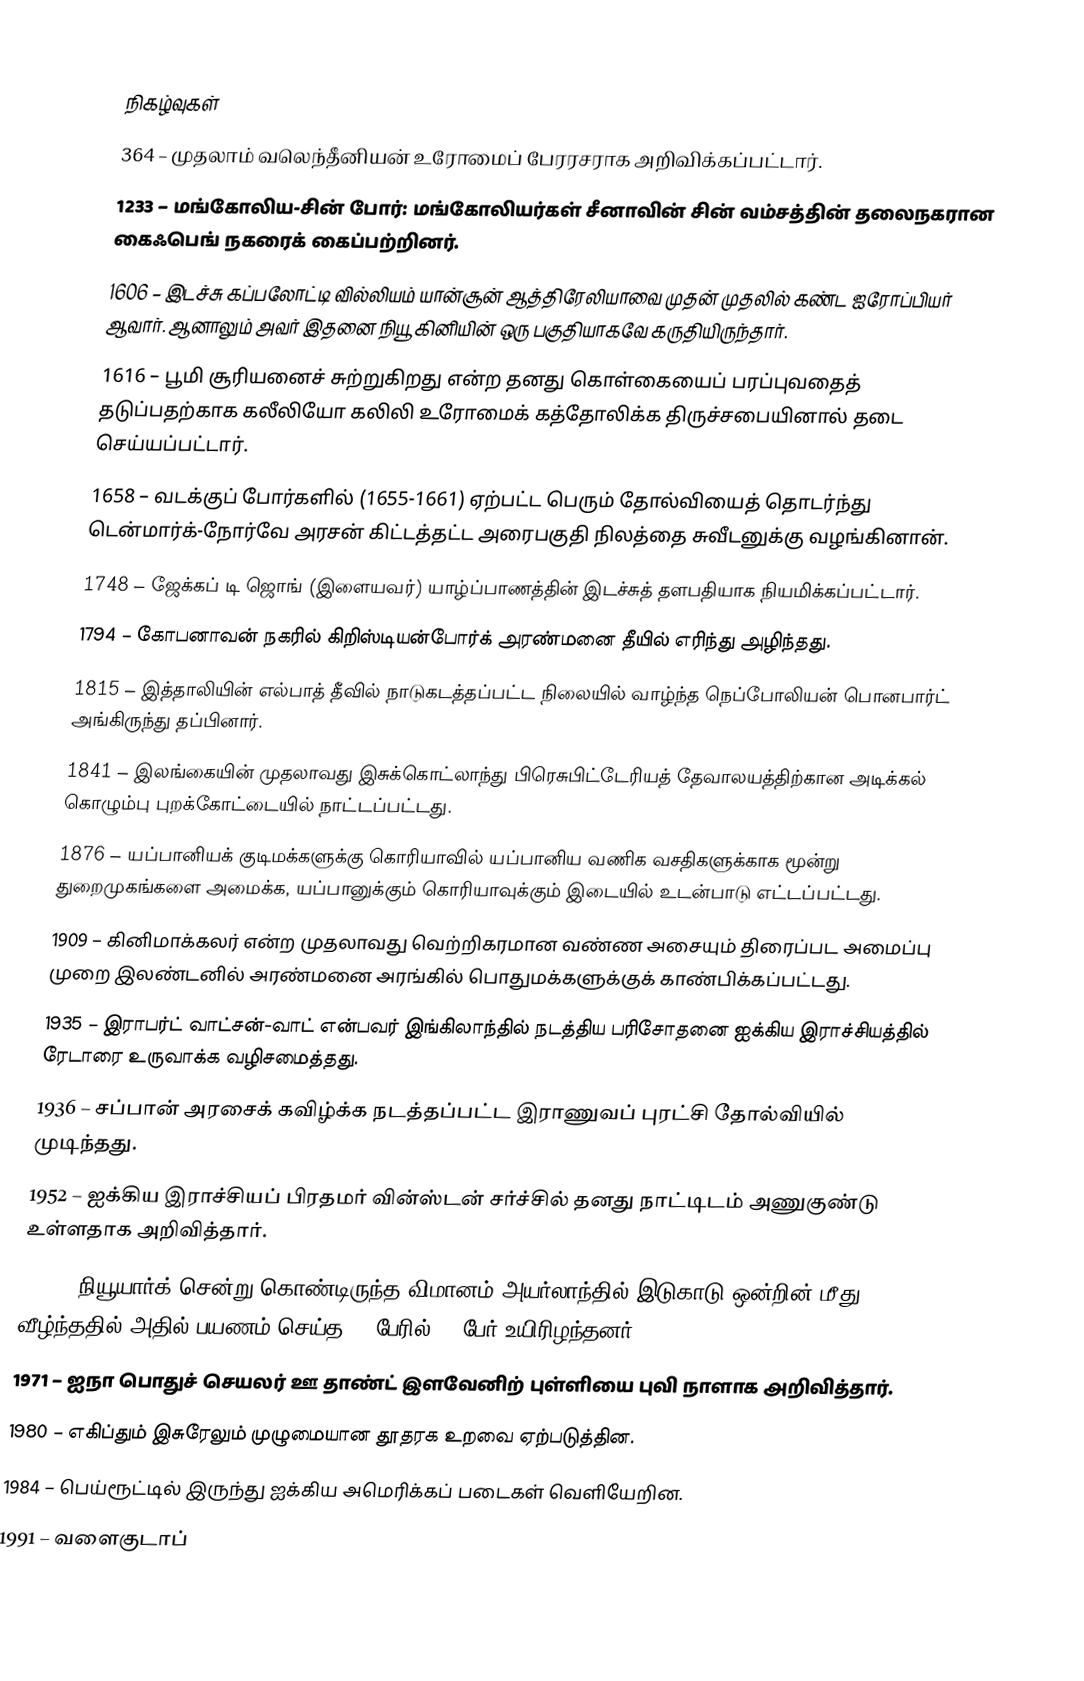

நிகழ்வுகள்
 364 – முதலாம் வலெந்தீனியன் உரோமைப் பேரரசராக அறிவிக்கப்பட்டார்.
1233 – மங்கோலிய-சின் போர்: மங்கோலியர்கள் சீனாவின் சின் வம்சத்தின் தலைநகரான கைஃபெங் நகரைக் கைப்பற்றினர்.
1606 – இடச்சு கப்பலோட்டி வில்லியம் யான்சூன் ஆத்திரேலியாவை முதன் முதலில் கண்ட ஐரோப்பியர் ஆவார். ஆனாலும் அவர் இதனை நியூ கினியின் ஒரு பகுதியாகவே கருதியிருந்தார்.
1616 – பூமி சூரியனைச் சுற்றுகிறது என்ற தனது கொள்கையைப் பரப்புவதைத் தடுப்பதற்காக கலீலியோ கலிலி உரோமைக் கத்தோலிக்க திருச்சபையினால் தடை செய்யப்பட்டார்.
1658 – வடக்குப் போர்களில் (1655-1661) ஏற்பட்ட பெரும் தோல்வியைத் தொடர்ந்து டென்மார்க்-நோர்வே அரசன் கிட்டத்தட்ட அரைபகுதி நிலத்தை சுவீடனுக்கு வழங்கினான்.
1748 – ஜேக்கப் டி ஜொங் (இளையவர்) யாழ்ப்பாணத்தின் இடச்சுத் தளபதியாக நியமிக்கப்பட்டார்.
1794 – கோபனாவன் நகரில் கிறிஸ்டியன்போர்க் அரண்மனை தீயில் எரிந்து அழிந்தது.
1815 – இத்தாலியின் எல்பாத் தீவில் நாடுகடத்தப்பட்ட நிலையில் வாழ்ந்த நெப்போலியன் பொனபார்ட் அங்கிருந்து தப்பினார்.
1841 – இலங்கையின் முதலாவது இசுக்கொட்லாந்து பிரெசுபிட்டேரியத் தேவாலயத்திற்கான அடிக்கல் கொழும்பு புறக்கோட்டையில் நாட்டப்பட்டது.
1876 – யப்பானியக் குடிமக்களுக்கு கொரியாவில் யப்பானிய வணிக வசதிகளுக்காக மூன்று துறைமுகங்களை அமைக்க, யப்பானுக்கும் கொரியாவுக்கும் இடையில் உடன்பாடு எட்டப்பட்டது.
1909 – கினிமாக்கலர் என்ற முதலாவது வெற்றிகரமான வண்ண அசையும் திரைப்பட அமைப்பு முறை இலண்டனில் அரண்மனை அரங்கில் பொதுமக்களுக்குக் காண்பிக்கப்பட்டது.
1935 – இராபர்ட் வாட்சன்-வாட் என்பவர் இங்கிலாந்தில் நடத்திய பரிசோதனை ஐக்கிய இராச்சியத்தில் ரேடாரை உருவாக்க வழிசமைத்தது.
1936 – சப்பான் அரசைக் கவிழ்க்க நடத்தப்பட்ட இராணுவப் புரட்சி தோல்வியில் முடிந்தது.
1952 – ஐக்கிய இராச்சியப் பிரதமர் வின்ஸ்டன் சர்ச்சில் தனது நாட்டிடம் அணுகுண்டு உள்ளதாக அறிவித்தார்.
1960 – நியூயார்க் சென்று கொண்டிருந்த விமானம் அயர்லாந்தில் இடுகாடு ஒன்றின் மீது வீழ்ந்ததில் அதில் பயணம் செய்த 52 பேரில் 34 பேர் உயிரிழந்தனர்.
1971 – ஐநா பொதுச் செயலர் ஊ தாண்ட் இளவேனிற் புள்ளியை புவி நாளாக அறிவித்தார்.
1980 – எகிப்தும் இசுரேலும் முழுமையான தூதரக உறவை ஏற்படுத்தின.
1984 – பெய்ரூட்டில் இருந்து ஐக்கிய அமெரிக்கப் படைகள் வெளியேறின.
1991 – வளைகுடாப்